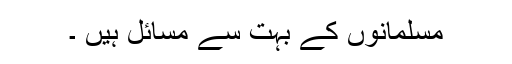
مسلمانوں کے بہت سے مسائل ہیں ۔